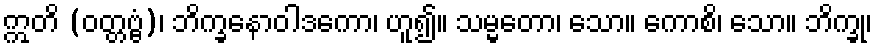
ဣတိ (ဝတ္တဗ္ဗံ)၊ ဘိက္ခနောဝါဒကော၊ ဟူ၍။ သမ္မတော၊ သော။ ကောစိ၊ သော။ ဘိက္ခု၊